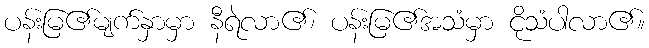
ပန်းမြ၏မျက်နှာမှာ နီရဲလာ၏၊ ပန်းမြ၏အသံမှာ ငိုသံပါလာ၏။